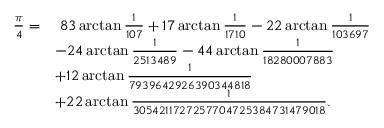
{ \begin{array} { r l } { { \frac { \pi } { 4 } } = } & { \; 8 3 \arctan { \frac { 1 } { 1 0 7 } } + 1 7 \arctan { \frac { 1 } { 1 7 1 0 } } - 2 2 \arctan { \frac { 1 } { 1 0 3 6 9 7 } } } \\ & { - 2 4 \arctan { \frac { 1 } { 2 5 1 3 4 8 9 } } - 4 4 \arctan { \frac { 1 } { 1 8 2 8 0 0 0 7 8 8 3 } } } \\ & { + 1 2 \arctan { \frac { 1 } { 7 9 3 9 6 4 2 9 2 6 3 9 0 3 4 4 8 1 8 } } } \\ & { + 2 2 \arctan { \frac { 1 } { 3 0 5 4 2 1 1 7 2 7 2 5 7 7 0 4 7 2 5 3 8 4 7 3 1 4 7 9 0 1 8 } } . } \end{array} }